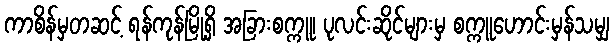
ကာစိန်မှတဆင့် ရန်ကုန်မြို့ရှိ အခြားစက္ကူ၊ ပုလင်းဆိုင်များမှ စက္ကူဟောင်းမှန်သမျှ